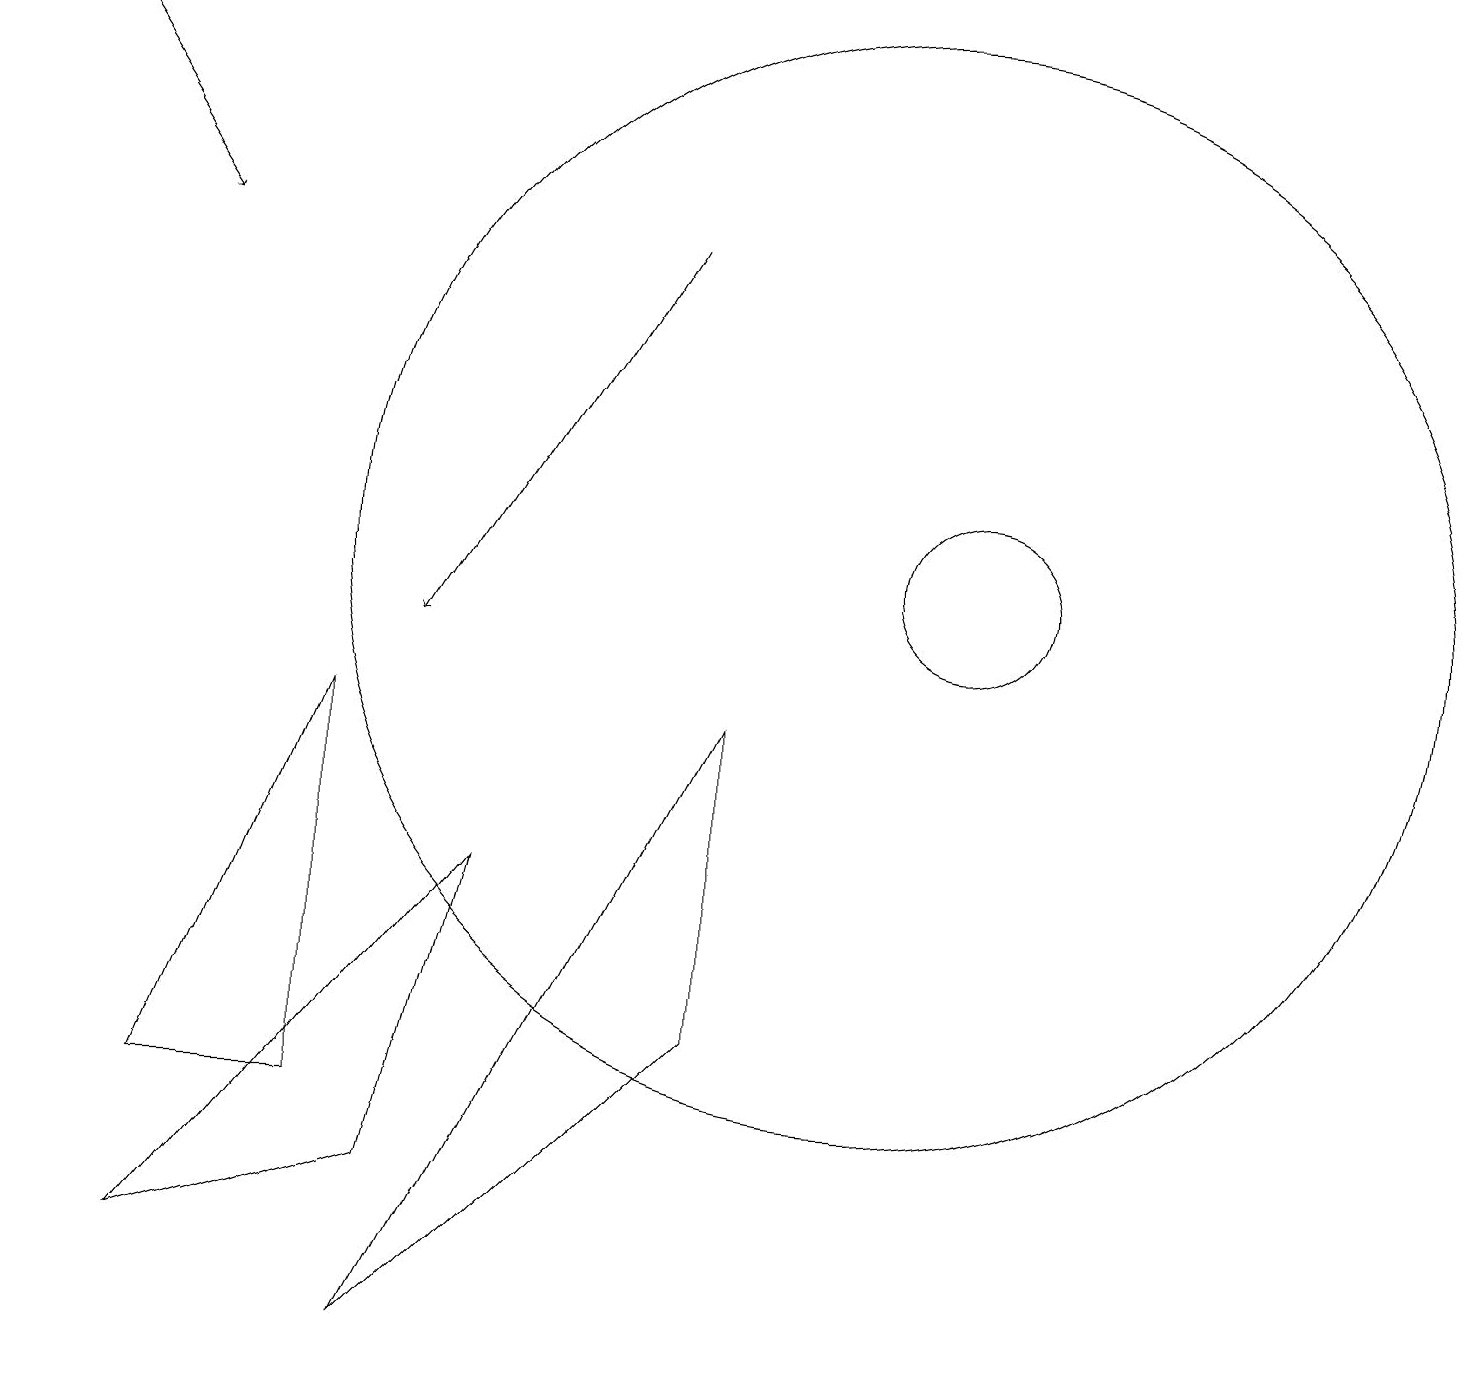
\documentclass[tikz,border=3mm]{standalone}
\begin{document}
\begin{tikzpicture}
\draw (9,9) -- (9,5) -- (5,1) -- cycle;
\draw (2,4) -- (4,9) -- (4,4) -- cycle;
\draw[->] (8,15) -- (5,10);
\draw (11,11) circle (7);
\draw (12,11) circle (1);
\draw[->] (0,18) -- (2,15);
\draw (5,3) -- (2,2) -- (6,7) -- cycle;
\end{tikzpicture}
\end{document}